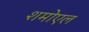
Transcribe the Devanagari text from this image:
शमोएल